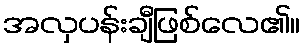
အလှပန်းချီဖြစ်လေ၏။